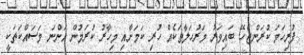
ފުރިހަމަ ކުރަންޖެހޭ ބައިވަރު މަރުހަލާތަކެއް ހުރި ކަމަށާއި މިހާރު ކުރަމުން އަންނަ މަސައްކަތަކީ